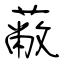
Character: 蔽